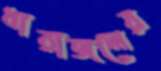
ধারাজলের